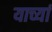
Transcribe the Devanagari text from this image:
याच्यां